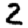
Digit: 2